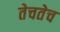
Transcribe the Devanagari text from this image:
तेचतेच